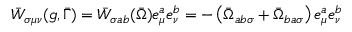
\bar { W } _ { \sigma \mu \nu } ( g , \bar { \Gamma } ) = \bar { W } _ { \sigma a b } ( \bar { \Omega } ) e _ { \mu } ^ { a } e _ { \nu } ^ { b } = - \left( \bar { \Omega } _ { a b \sigma } + \bar { \Omega } _ { b a \sigma } \right) e _ { \mu } ^ { a } e _ { \nu } ^ { b }